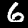
Label: 6